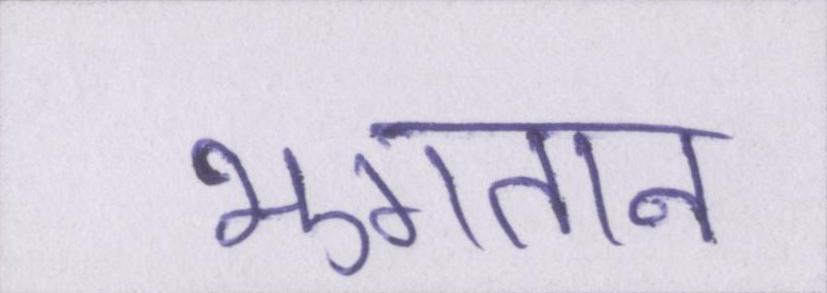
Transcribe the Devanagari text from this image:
भुगतान